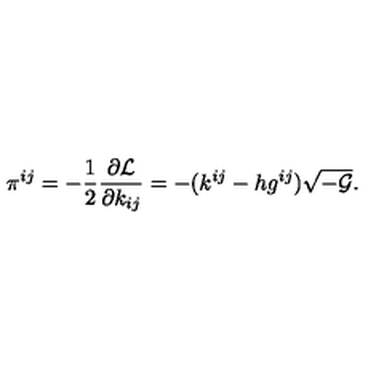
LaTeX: \pi ^ { i j } = - \frac { 1 } { 2 } \frac { \partial { \cal L } } { \partial k _ { i j } } = - ( k ^ { i j } - h g ^ { i j } ) \sqrt { - { \cal G } } .